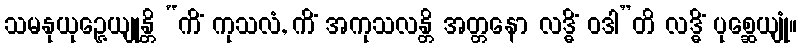
သမနုယုဉ္ဇေယျုန္တိ “ကိံ ကုသလံ, ကိံ အကုသလန္တိ အတ္တနော လဒ္ဓိံ ဝဒါ”တိ လဒ္ဓိံ ပုစ္ဆေယျုံ။